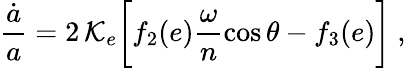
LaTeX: \frac{\dot{a}}{a}=2\, {\cal K}_{e}\bigg[f_{2}(e)\frac{\omega}{n}\cos\theta-f_{3}(e)\bigg]\ ,